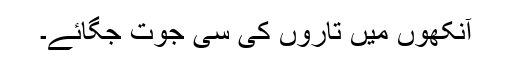
آنکھوں میں تاروں کی سی جوت جگائے۔